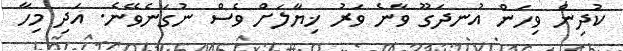
ކުދިން ވިހަން އުނދަގޫ ވާނެ ވަރު ޚިޔާލަށް ވެސް ނުގަނެވޭނެ. އަދި މިހާ